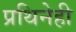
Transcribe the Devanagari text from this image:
प्रथिनेही